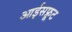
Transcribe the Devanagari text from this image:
आईसफ्रूट